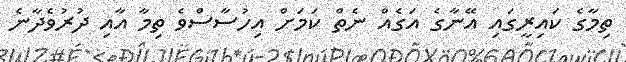
ތިމާގެ ކައިރީގައި އޭނާގެ އަގެއް ނެތް ކަމަށް އިހުސާސްވެ ތިމާ އާއި ދުރުވެދާނެ